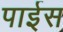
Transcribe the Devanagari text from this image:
पाईस